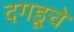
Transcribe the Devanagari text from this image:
दगडूचे